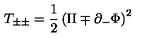
T _ { \pm \pm } = { \frac { 1 } { 2 } } \left( \Pi \mp \partial _ { - } \Phi \right) ^ { 2 }